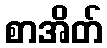
စာအိတ်